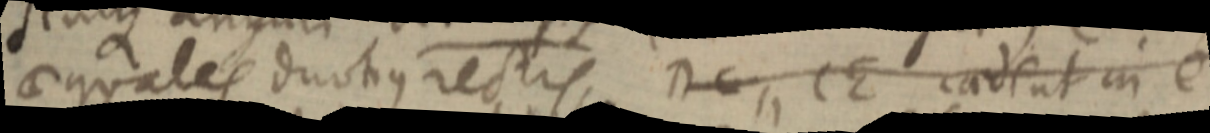
aequales duotius rectis, DC, CE caedent in e